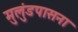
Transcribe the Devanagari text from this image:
मुलुंडपासना